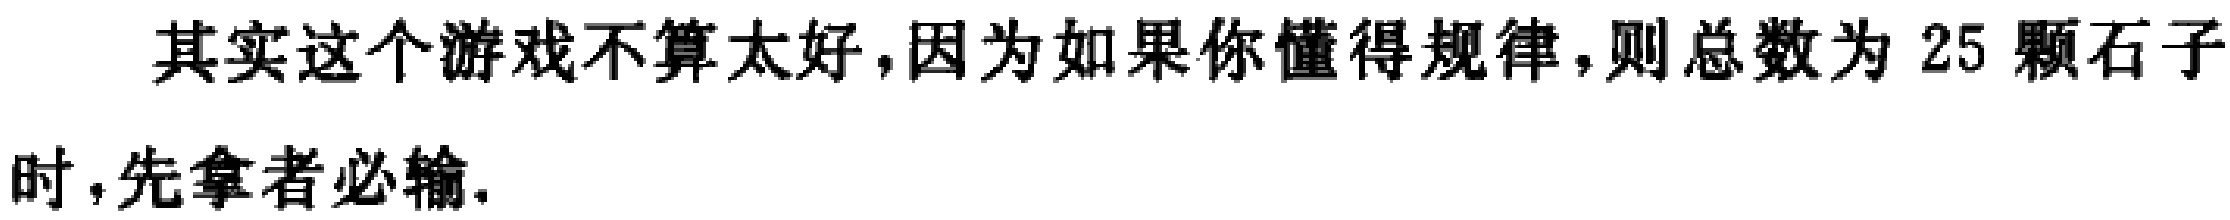
其实这个游戏不算太好,因为如果你懂得规律,则总数为 \(25\) 颗石子时,先拿者必输.